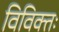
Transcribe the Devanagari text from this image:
विविक्तः